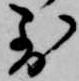
到